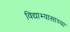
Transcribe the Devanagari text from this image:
विद्याभ्यासाच्या